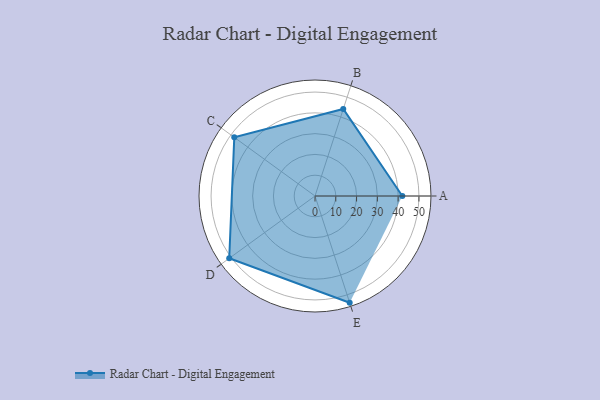
{"axis": {"x": "Skill", "y": "Score"}, "legend": ["Profile"], "data": [{"x": "A", "y": 42.0, "type": "Profile"}, {"x": "B", "y": 44.0, "type": "Profile"}, {"x": "C", "y": 48.0, "type": "Profile"}, {"x": "D", "y": 51.0, "type": "Profile"}, {"x": "E", "y": 54.0, "type": "Profile"}]}